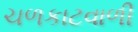
ચળકાટવાળી